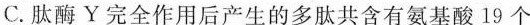
C.肽酶Y完全作用后产生的多肽共含有氨基酸19个